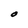
Character: O